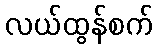
လယ်ထွန်စက်